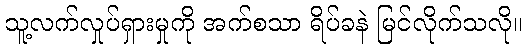
သူ့လက်လှုပ်ရှားမှုကို အက်စသာ ရိပ်ခနဲ မြင်လိုက်သလို။